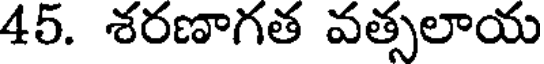
45. శరణాగత వత్సలాయ